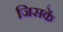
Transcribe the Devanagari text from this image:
जिसकें